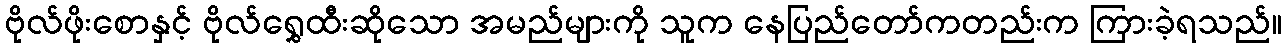
ဗိုလ်ဖိုးစောနှင့် ဗိုလ်ရွှေထီးဆိုသော အမည်များကို သူက နေပြည်တော်ကတည်းက ကြားခဲ့ရသည်။